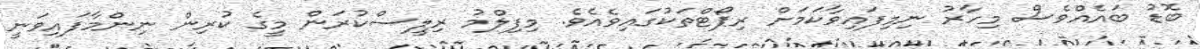
ބޮޑު ބައެއްވެސް މިހާރު ނިމިފައިވާކަމަށް ރިޕޯޓްތަކުގައިވެއެވެ. މިފިލްމު ރިލީސްކުރަން މީގެ ކުރިން ނިންމާފައިވަނީ